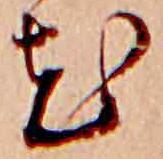
花